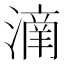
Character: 𣾌